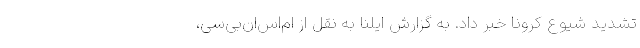
تشدید شیوع کرونا خبر داد. به گزارش ایلنا به نقل از ام‌اس‌ان‌بی‌سی،